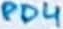
Text: PD4